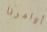
أوامرنا